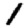
Digit: 1